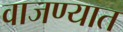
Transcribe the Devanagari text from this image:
वाजण्यात